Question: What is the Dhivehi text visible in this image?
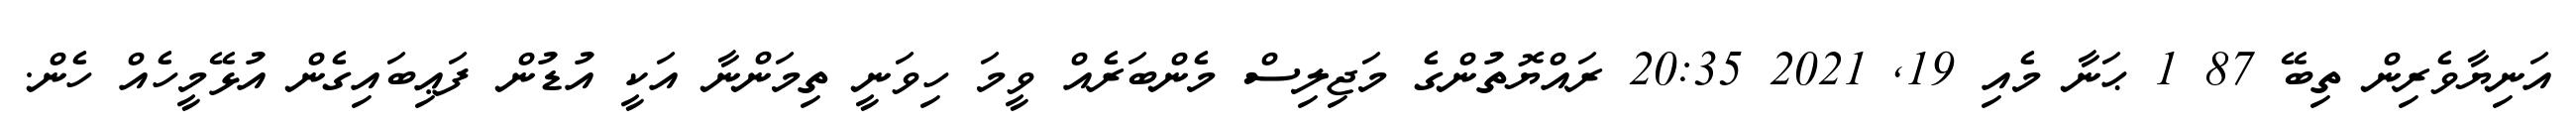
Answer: އަނިޔާވެރިން ތިބޭ 87 1 ޙަނާ މެއި 19, 2021 20:35 ރައްޔޮތުންގެ މަޖިލިސް މެންބަރެއް ވީމަ ހިވަނީ ތިމަންނާ އަކީ އުޑުން ފަޢިބައިގެން އުޅޭމީހެއް ހެން.